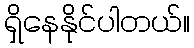
ရှိနေနိုင်ပါတယ်။